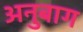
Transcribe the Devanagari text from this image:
अनुबाग